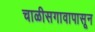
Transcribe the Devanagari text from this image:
चाळीसगावापासून